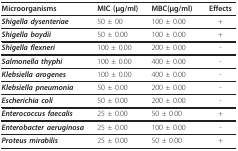
| Microorganisms | MIC (μg/ml) | MBC(μg/ml) | Effects |
 | --- | --- | --- | --- |
 | Shigella dysenteriae | 50 ± 00 | 100 ± 0.00 | + |
 | Shigella boydii | 50 ± 0.00 | 100 ± 0.00 | + |
 | Shigella flexneri | 100 ± 0.00 | 200 ± 0.00 | - |
 | Salmonella thyphi | 100 ± 0.00 | 400 ± 0.00 | - |
 | Klebsiella arogenes | 100 ± 0.00 | 400 ± 0.00 | - |
 | Klebsiella pneumonia | 50 ± 0.00 | 200 ± 0.00 | - |
 | Escherichia coli | 50 ± 0.00 | 200 ± 0.00 | - |
 | Enterococcus faecalis | 25 ± 0.00 | 50 ± 0.00 | + |
 | Enterobacter aeruginosa | 25 ± 0.00 | 100 ± 0.00 | - |
 | Proteus mirabilis | 25 ± 0.00 | 50 ± 0.00 | + |